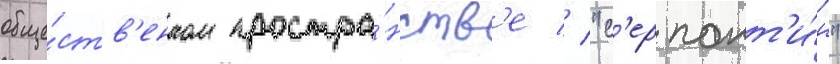
обще́ств'енном простра́нств'е // "с'ерпант'и́н"